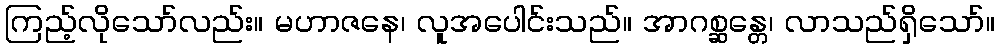
ကြည့်လိုသော်လည်း။ မဟာဇနေ၊ လူအပေါင်းသည်။ အာဂစ္ဆန္တေ၊ လာသည်ရှိသော်။